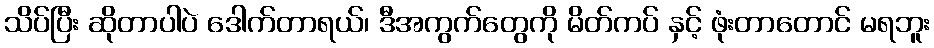
သိပ်ပြီး ဆိုတာပါပဲ ဒေါက်တာရယ်၊ ဒီအကွက်တွေကို မိတ်ကပ် နှင့် ဖုံးတာတောင် မရဘူး